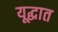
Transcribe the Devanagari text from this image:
यूद्धात